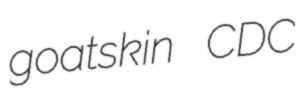
goatskin CDC